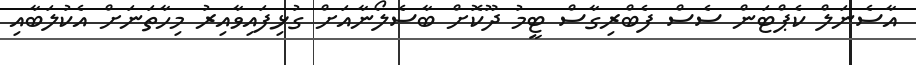
އާސެނަލް ކެޕްޓަން ސެސް ފެބްރިގާސް ޓީމު ދޫކޮށް ބާސެލޯނާއަށް ގުޅިފައިވާއިރު މިހާތަނަށް އެކުލަބާއި